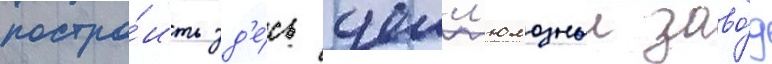
постро́ить зд'е́сь целл'юлозныи заво́д